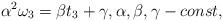
LaTeX: \begin{align*} \alpha^2\omega_3=\beta t_3+\gamma, \alpha, \beta, \gamma - const,\end{align*}